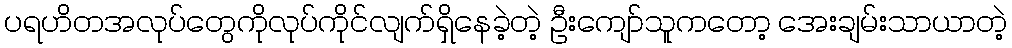
ပရဟိတအလုပ်တွေကိုလုပ်ကိုင်လျက်ရှိနေခဲ့တဲ့ ဦးကျော်သူကတော့ အေးချမ်းသာယာတဲ့